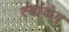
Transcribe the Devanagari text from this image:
त्यांकंग